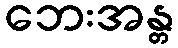
ဘေးအန္တ